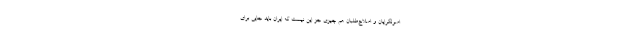
اصولگرایان و اصلاح‌طلبان هم چیزی جز این نیست که ایران باید جایی برای